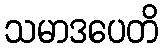
သမာဒပေတိ